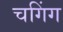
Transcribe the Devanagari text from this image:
चगिंग